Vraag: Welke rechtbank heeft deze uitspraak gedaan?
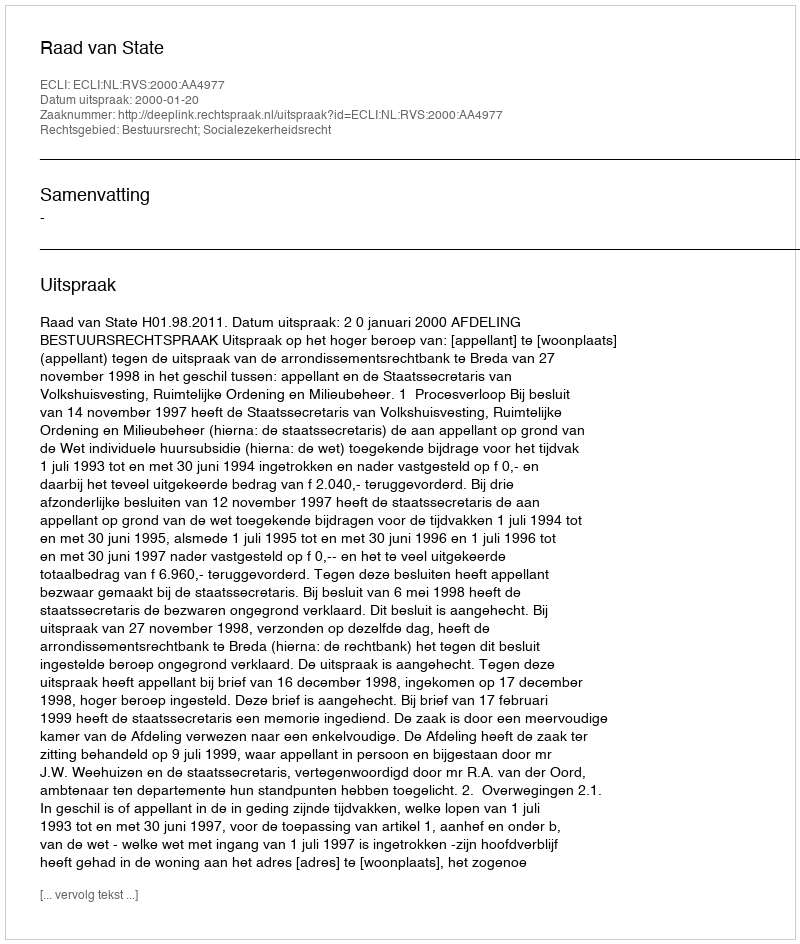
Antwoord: Raad van State